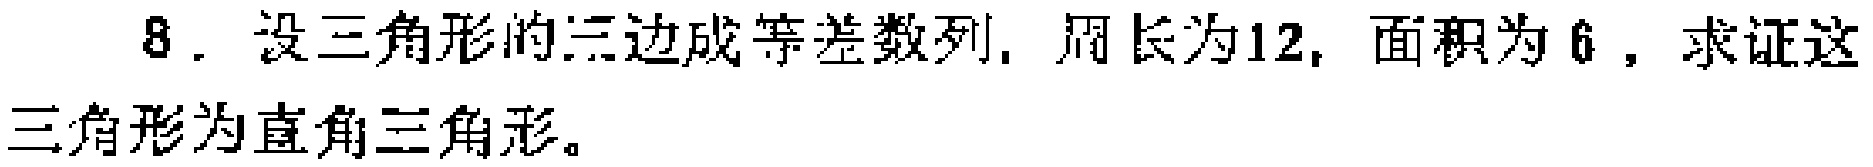
8. 设三角形的三边成等差数列，周长为12，面积为6，求证这三角形为直角三角形。